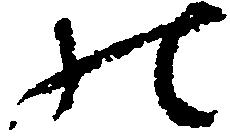
の